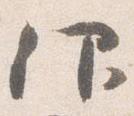
仰